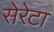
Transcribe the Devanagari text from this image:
सेरेटा